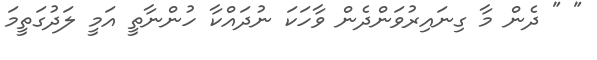
" " ދެން މާ ގިނައިރުވަންދެން ވާހަކަ ނުދައްކާ ހުންނާތީ އަމީ ލަދުގަތީމަ